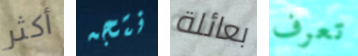
أكثر نتجه بعائلة تعرف